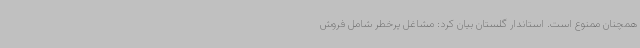
همچنان ممنوع است. استاندار گلستان بیان کرد: مشاغل پرخطر شامل فروش